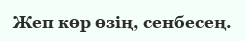
Жеп көр өзің, сенбесең.